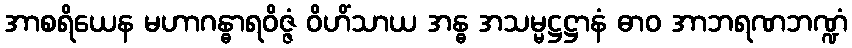
အာစရိယေန မဟာဂန္ဓာရဝိဇ္ဇံ ဝိဟိံသာယ အန္ဓ အသမ္မဋ္ဌဋ္ဌာနံ ဓာဝ အာဘရဏဘဏ္ဍံ